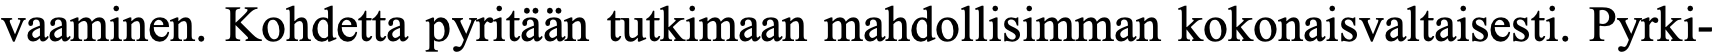
vaaminen. Kohdetta pyritään tutkimaan mahdollisimman kokonaisvaltaisesti. Pyrki-